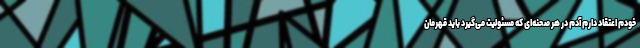
خودم اعتقاد دارم آدم در هر صحنه‌ای که مسئولیت می‌گیرد باید قهرمان